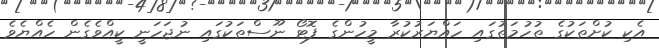
އެކި ކުށްތަކުގެ ތުހުމަތުގައި ހައްޔަރުކުރާ މީހުންގެ ފޮޓޯ ނޫސްތަކުގައި ނުޖަހަނީ ކީއްވެގެން ހެއްޔެވެ